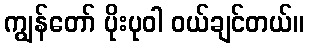
ကျွန်တော် ပိုးပုဝါ ဝယ်ချင်တယ်။